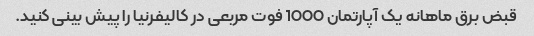
قبض برق ماهانه یک آپارتمان 1000 فوت مربعی در کالیفرنیا را پیش بینی کنید.